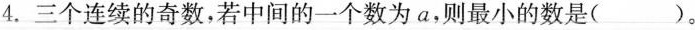
4.三个连续的奇数，若中间的一个数为a，则最小的数是()。